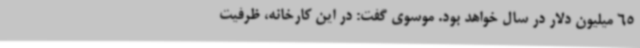
65 میلیون دلار در سال خواهد بود. موسوی گفت: در این کارخانه، ظرفیت